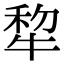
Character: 犂